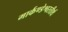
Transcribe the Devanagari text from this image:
मार्कण्डेश्वरतीर्थ